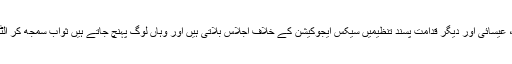
یہاں‌ امریکہ میں اسلامی ، عیسائی اور دیگر قدامت پسند تنظیمیں‌ سیکس ایجوکیشن کے خلاف اجلاس بلاتی ہیں‌ اور وہاں‌ لوگ پہنچ جاتے ہیں ثواب سمجھ کر الٹے سیدھے سبق سیکھنے۔